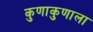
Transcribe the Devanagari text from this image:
कुणाकुणाला